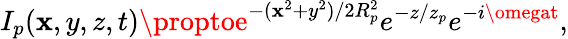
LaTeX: I_{p}(\mathbf{x},y,z,t)\proptoe^{-(\mathbf{x}^{2}+y^{2})/{2R_{p}^{2}}}e^{-z/z_{p}}e^{-i\omegat},